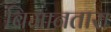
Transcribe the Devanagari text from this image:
बिमानतारा